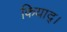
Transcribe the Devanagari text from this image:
कियाद्।